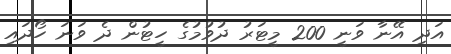
އަދި އޭނާ ވަނީ 200 މީޓަރު ދުވުމުގެ ހީޓުން ދެ ވަނަ ހޯދައި